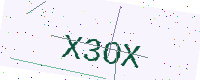
Text: X3OX